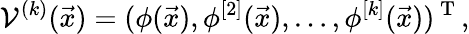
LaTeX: \mathcal V^{(k)}(\vec{x})=(\phi(\vec{x}),\phi^{[2]}(\vec{x}),\dots,\phi^{[k]}(\vec{x}))^{\mathrm{~T~}},